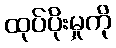
ထုပ်ပိုးမှုကို